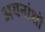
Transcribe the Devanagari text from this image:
अयनांशों